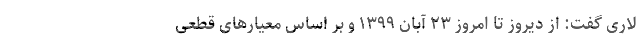
لاری گفت: از دیروز تا امروز ۲۳ آبان ۱۳۹۹ و بر اساس معیار‌های قطعی